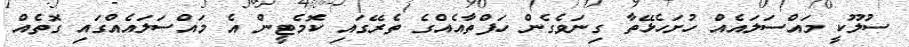
ސުލޫކީ މައްސަލައެއް ހުށަހެޅޭތާ ގިނަވެގެން ހަފްތާއެއްގެ ތެރޭގައި ކޮމެޓީން އެ މައްސަލައެއްގައި ގޮތެއް